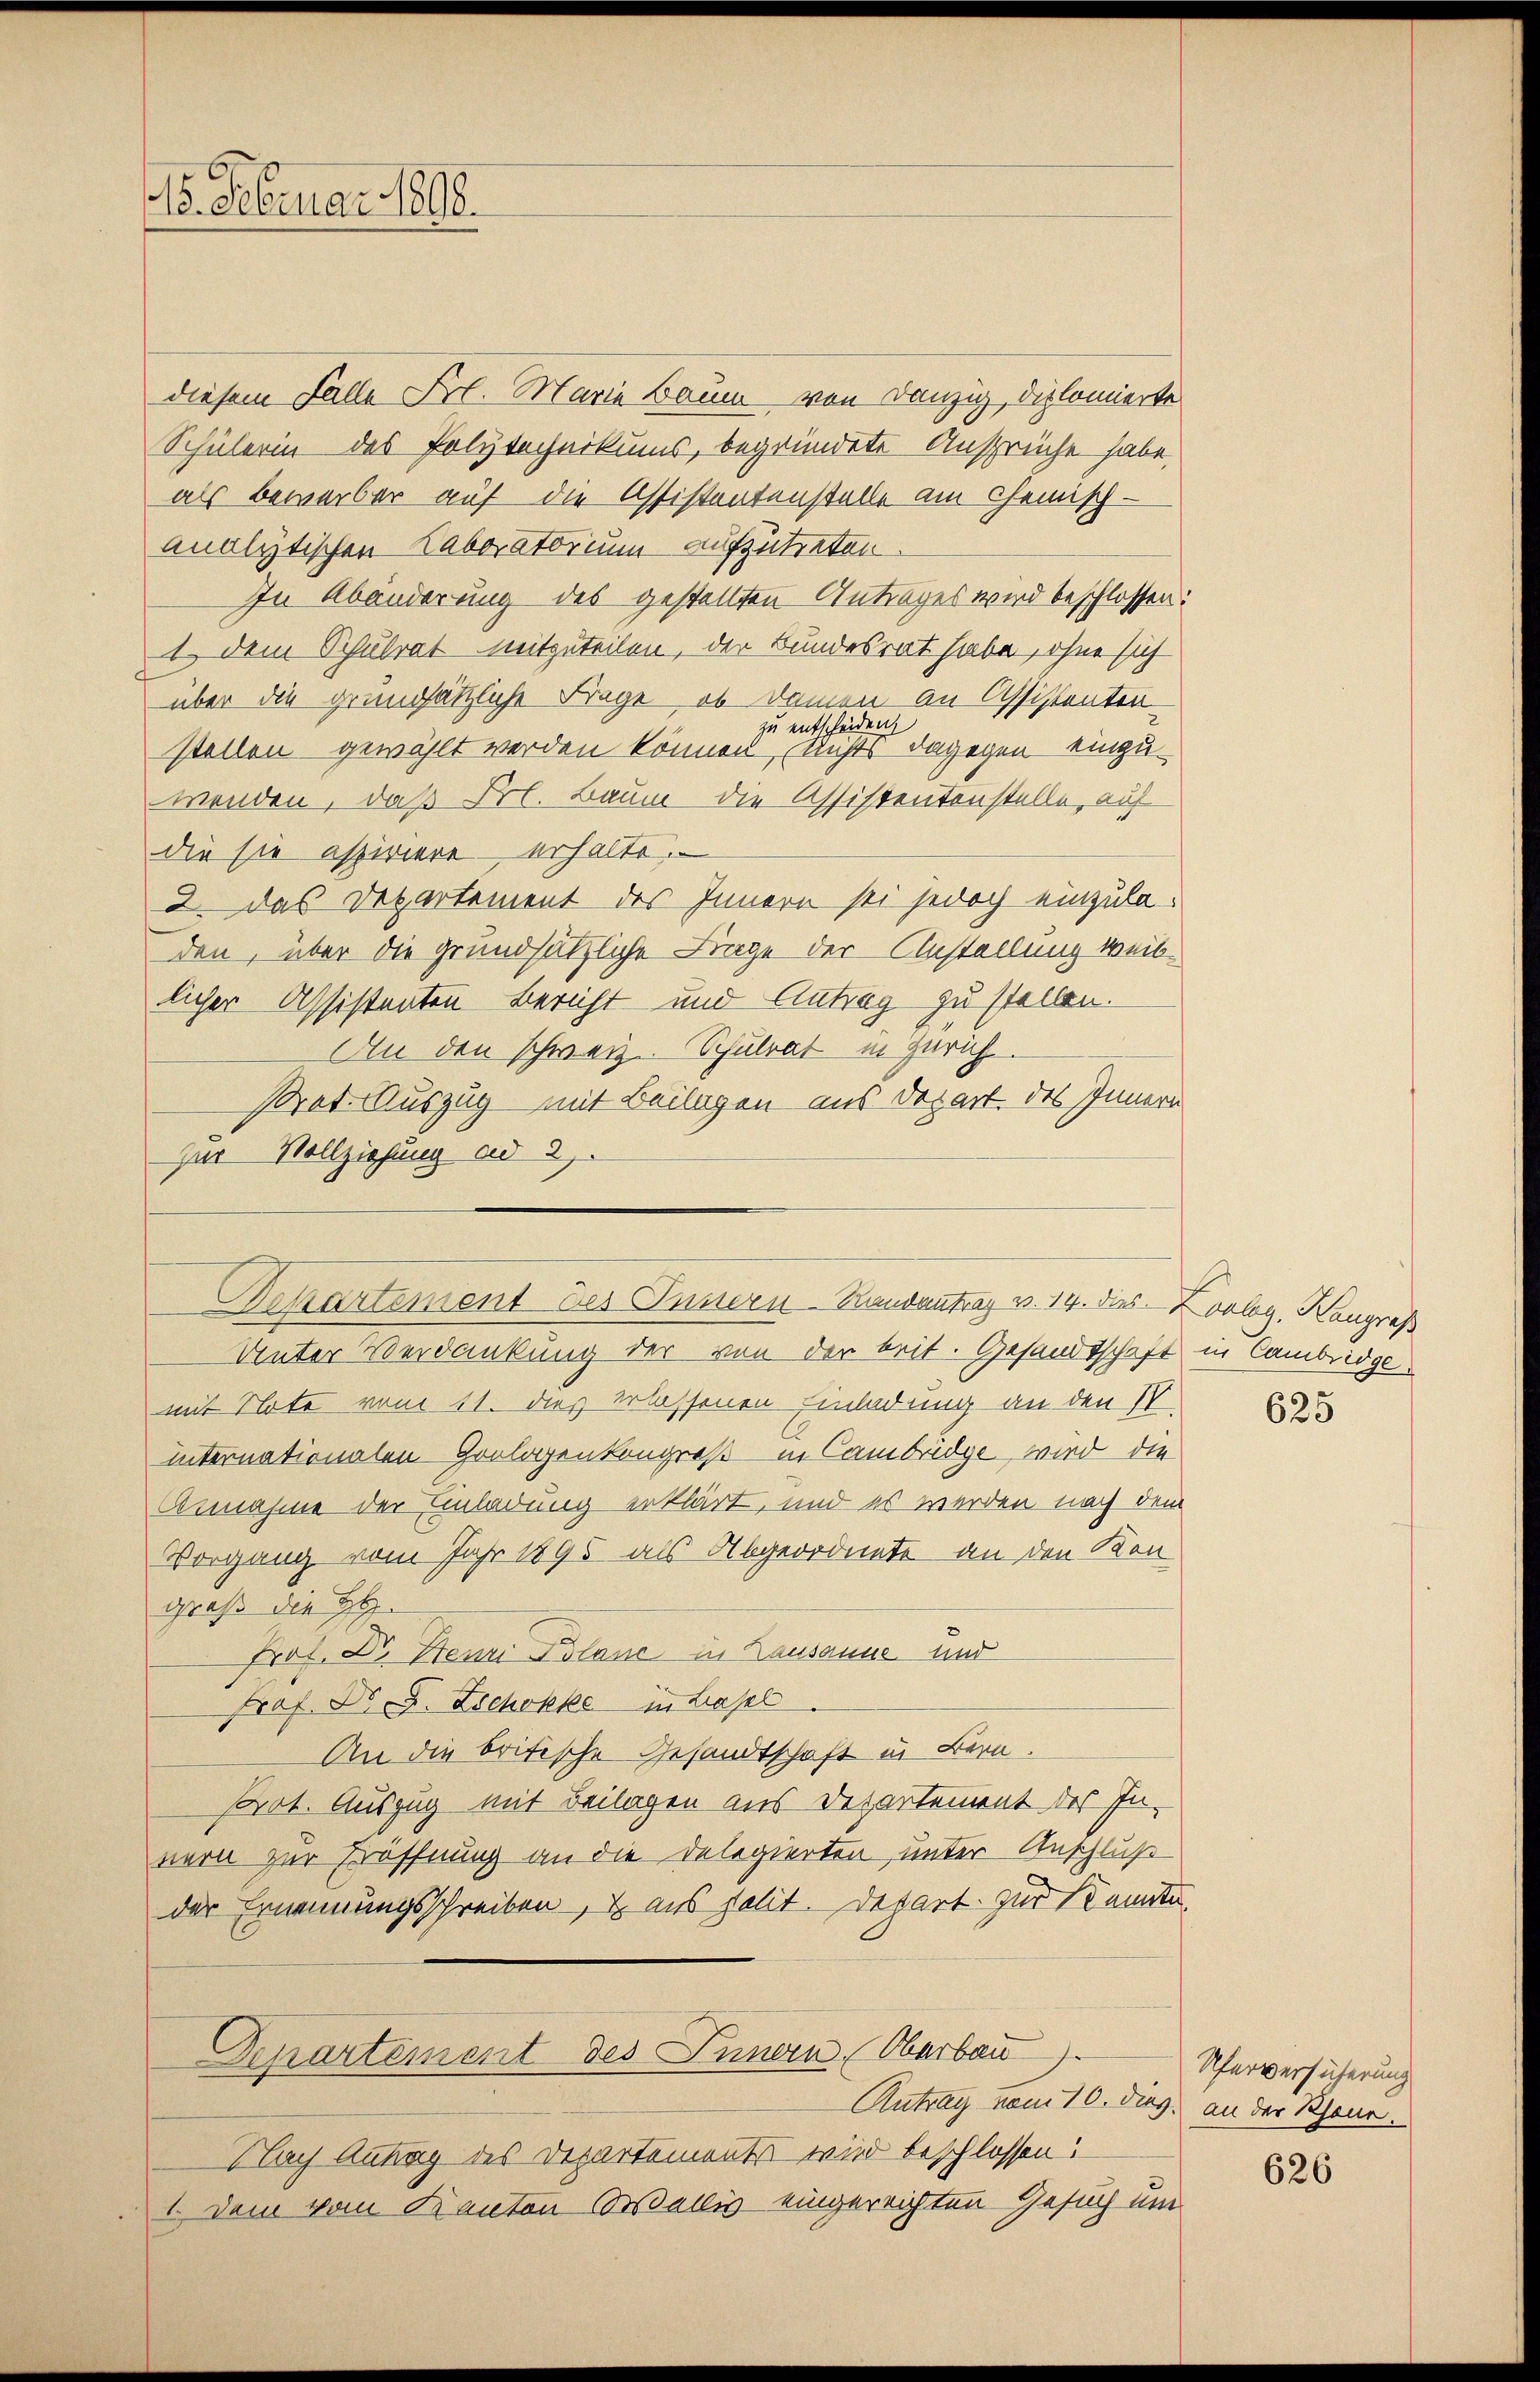
15. Februar 1898.

diesem Falle Frl. Maria Baum von Danzig, diplomierte
Schülerin des Polytechnikums, begründete Ansprüche habe,
als Bewerber auf die Assistantenstelle am Chemisch-
Analytischen Laboratorium aufzutreten.
In Abänderung des gestellten Antrages wird beschlossen:
1. Dem Schulrat mitzuteilen, der Bundesrat habe, ohne sich
über die grundsätzliche Frage, ob damen an Assistenten-
zu entscheiden,
stellen gewählt werden können, nichts dagegen einzuwenden, daß Frl. Baum die Assistentenstelle, auf
die sie aspiriere erhalte.
2. das Departement des Innern sei jedoch einzuladen, über die grundsätzliche Finge der Anstellung weiblicher Assistenten Bericht und Antrag zu stellen.
An den schweiz. Schulrat in Zürich.
Prat-Auszug mit Beilagen aus Depart. des Innern
zur Vollziehung ad 3.
Unter Verdankung der von der beit. Gesandtschaft in Cambridgemit Note vom 11. dies erlassenen Einladung an den IV
internationalen Goologenkongreß in Cambridge wird die
Annahme der Einladung erklärt, und es werden nach dem
Vorgang vom Jahr 1895 als Abgeordnete an den Kongroß die HH
Prof. Dr. Heuri Plane in Lausanne und
Prof. Dr. J. Zschokke in Lasel
An die britische Gesandtschaft in Bern.
prot. Auszug mit Beilagen aus Departement des In-
nern zur Eröffnung an die Delegierten, unter Anschluß
der Ernennungsschreiben, & aus Polit. Depart zur Kennte,
Departement des Innern (Oberbau
Antrag vom 10. dies, an der Rhone.
Nach Antrag des Departements wird beschlossen:
1. Dem vom Kanton Wallis eingereichten Gesuch um

Drkartement des Innern-Randantrag v. 14. das Colleg, Hangreß

625

Uferversicherung

626